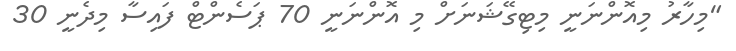
"މިހާރު މިއޮންނަނީ މިޓިގޭޝަނަށް މި އޮންނަނީ 70 ޕަސެންޓް ފައިސާ މިދެނީ 30